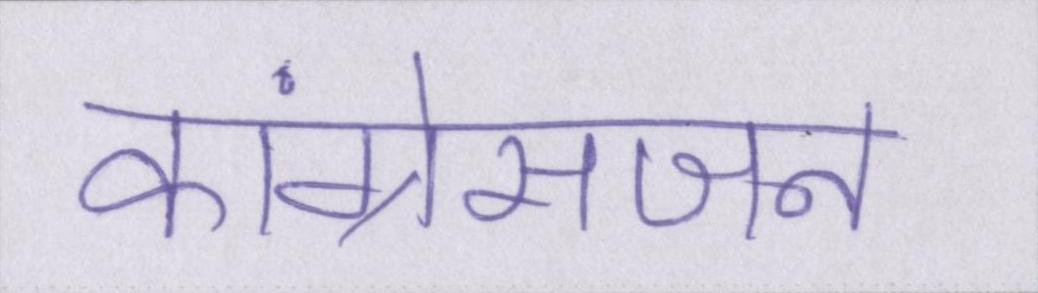
कांग्रेसजन